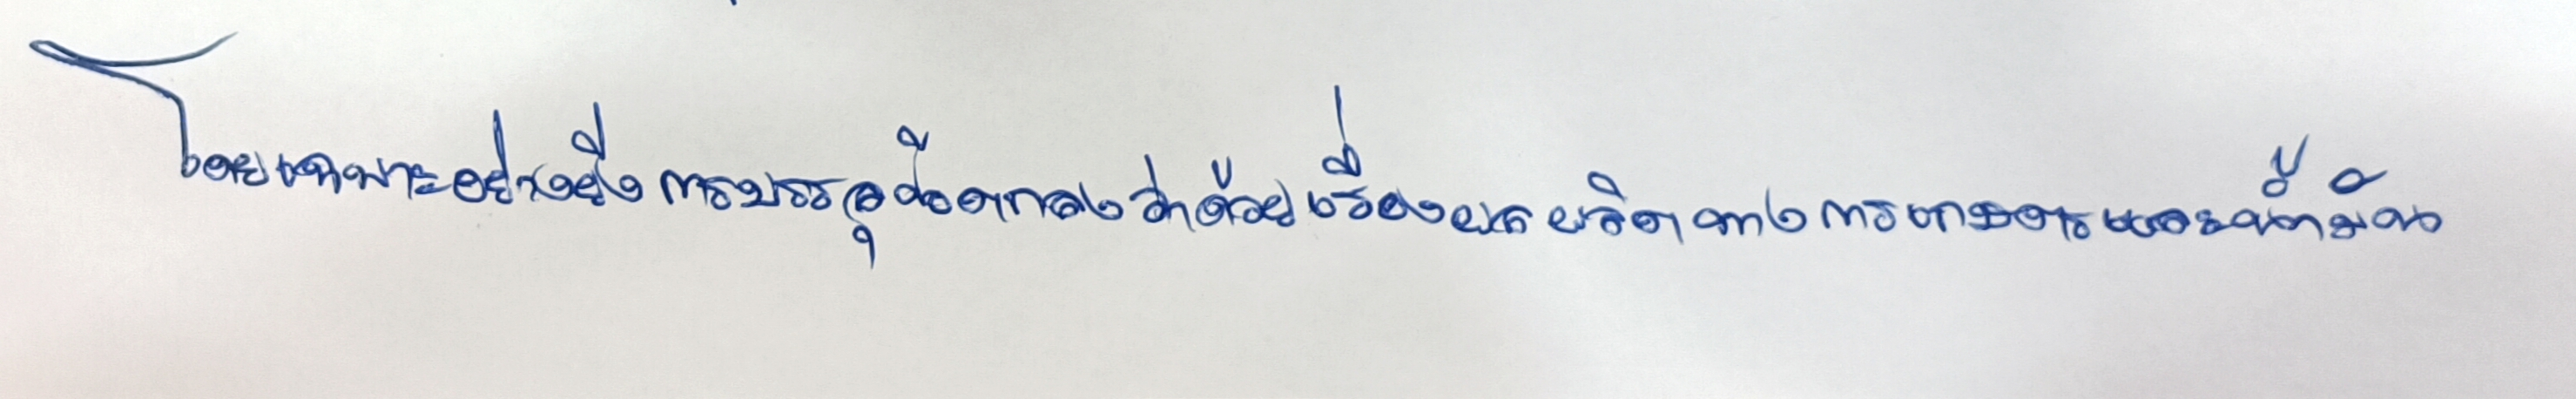
โดยเฉพาะอย่างยิ่งการบรรลุข้อตกลงว่าด้วยเรื่องผลผลิตทางการเกษตรและน้ำมัน